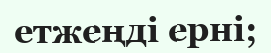
етжеңді ерні;